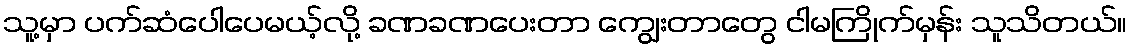
သူ့မှာ ပက်ဆံပေါပေမယ့်လို့ ခဏခဏပေးတာ ကျွေးတာတွေ ငါမကြိုက်မှန်း သူသိတယ်။